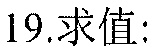
19.求值: